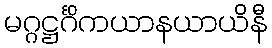
မဂ္ဂဋ္ဌင်္ဂိကယာနယာယိနီ